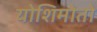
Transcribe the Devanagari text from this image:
योशिमोतो